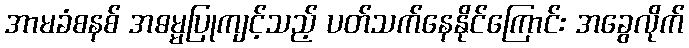
အာမခံစနစ် အဓမ္မပြုကျင့်သည့် ပတ်သက်နေနိုင်ကြောင်း အခွေလိုက်